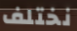
نختلف